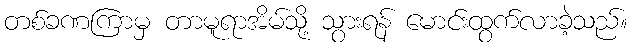
တစ်ခဏကြာမှ တာမူရာအိမ်သို့ သွားရန် မောင်းထွက်လာခဲ့သည်။